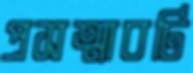
প্রসত্মাবটি